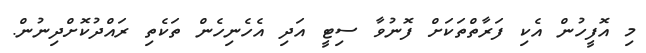
މި އޮފީހުން އެކި ފަރާތްތަކަށް ފޮނުވާ ސިޓީ އަދި އެހެނިހެން ތަކެތި ރައްދުކޮށްދިނުން.